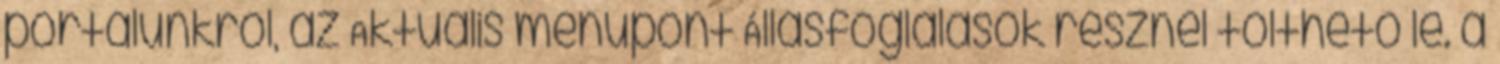
portálunkról, az Aktuális menüpont Állásfoglalások résznél tölthető le. a